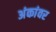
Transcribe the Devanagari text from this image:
अंकांवर